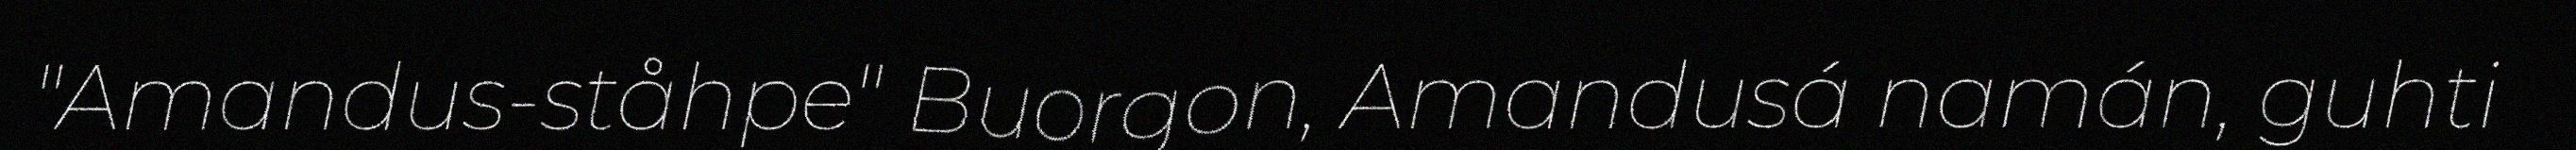
"Amandus-ståhpe" Buorgon, Amandusá namán, guhti